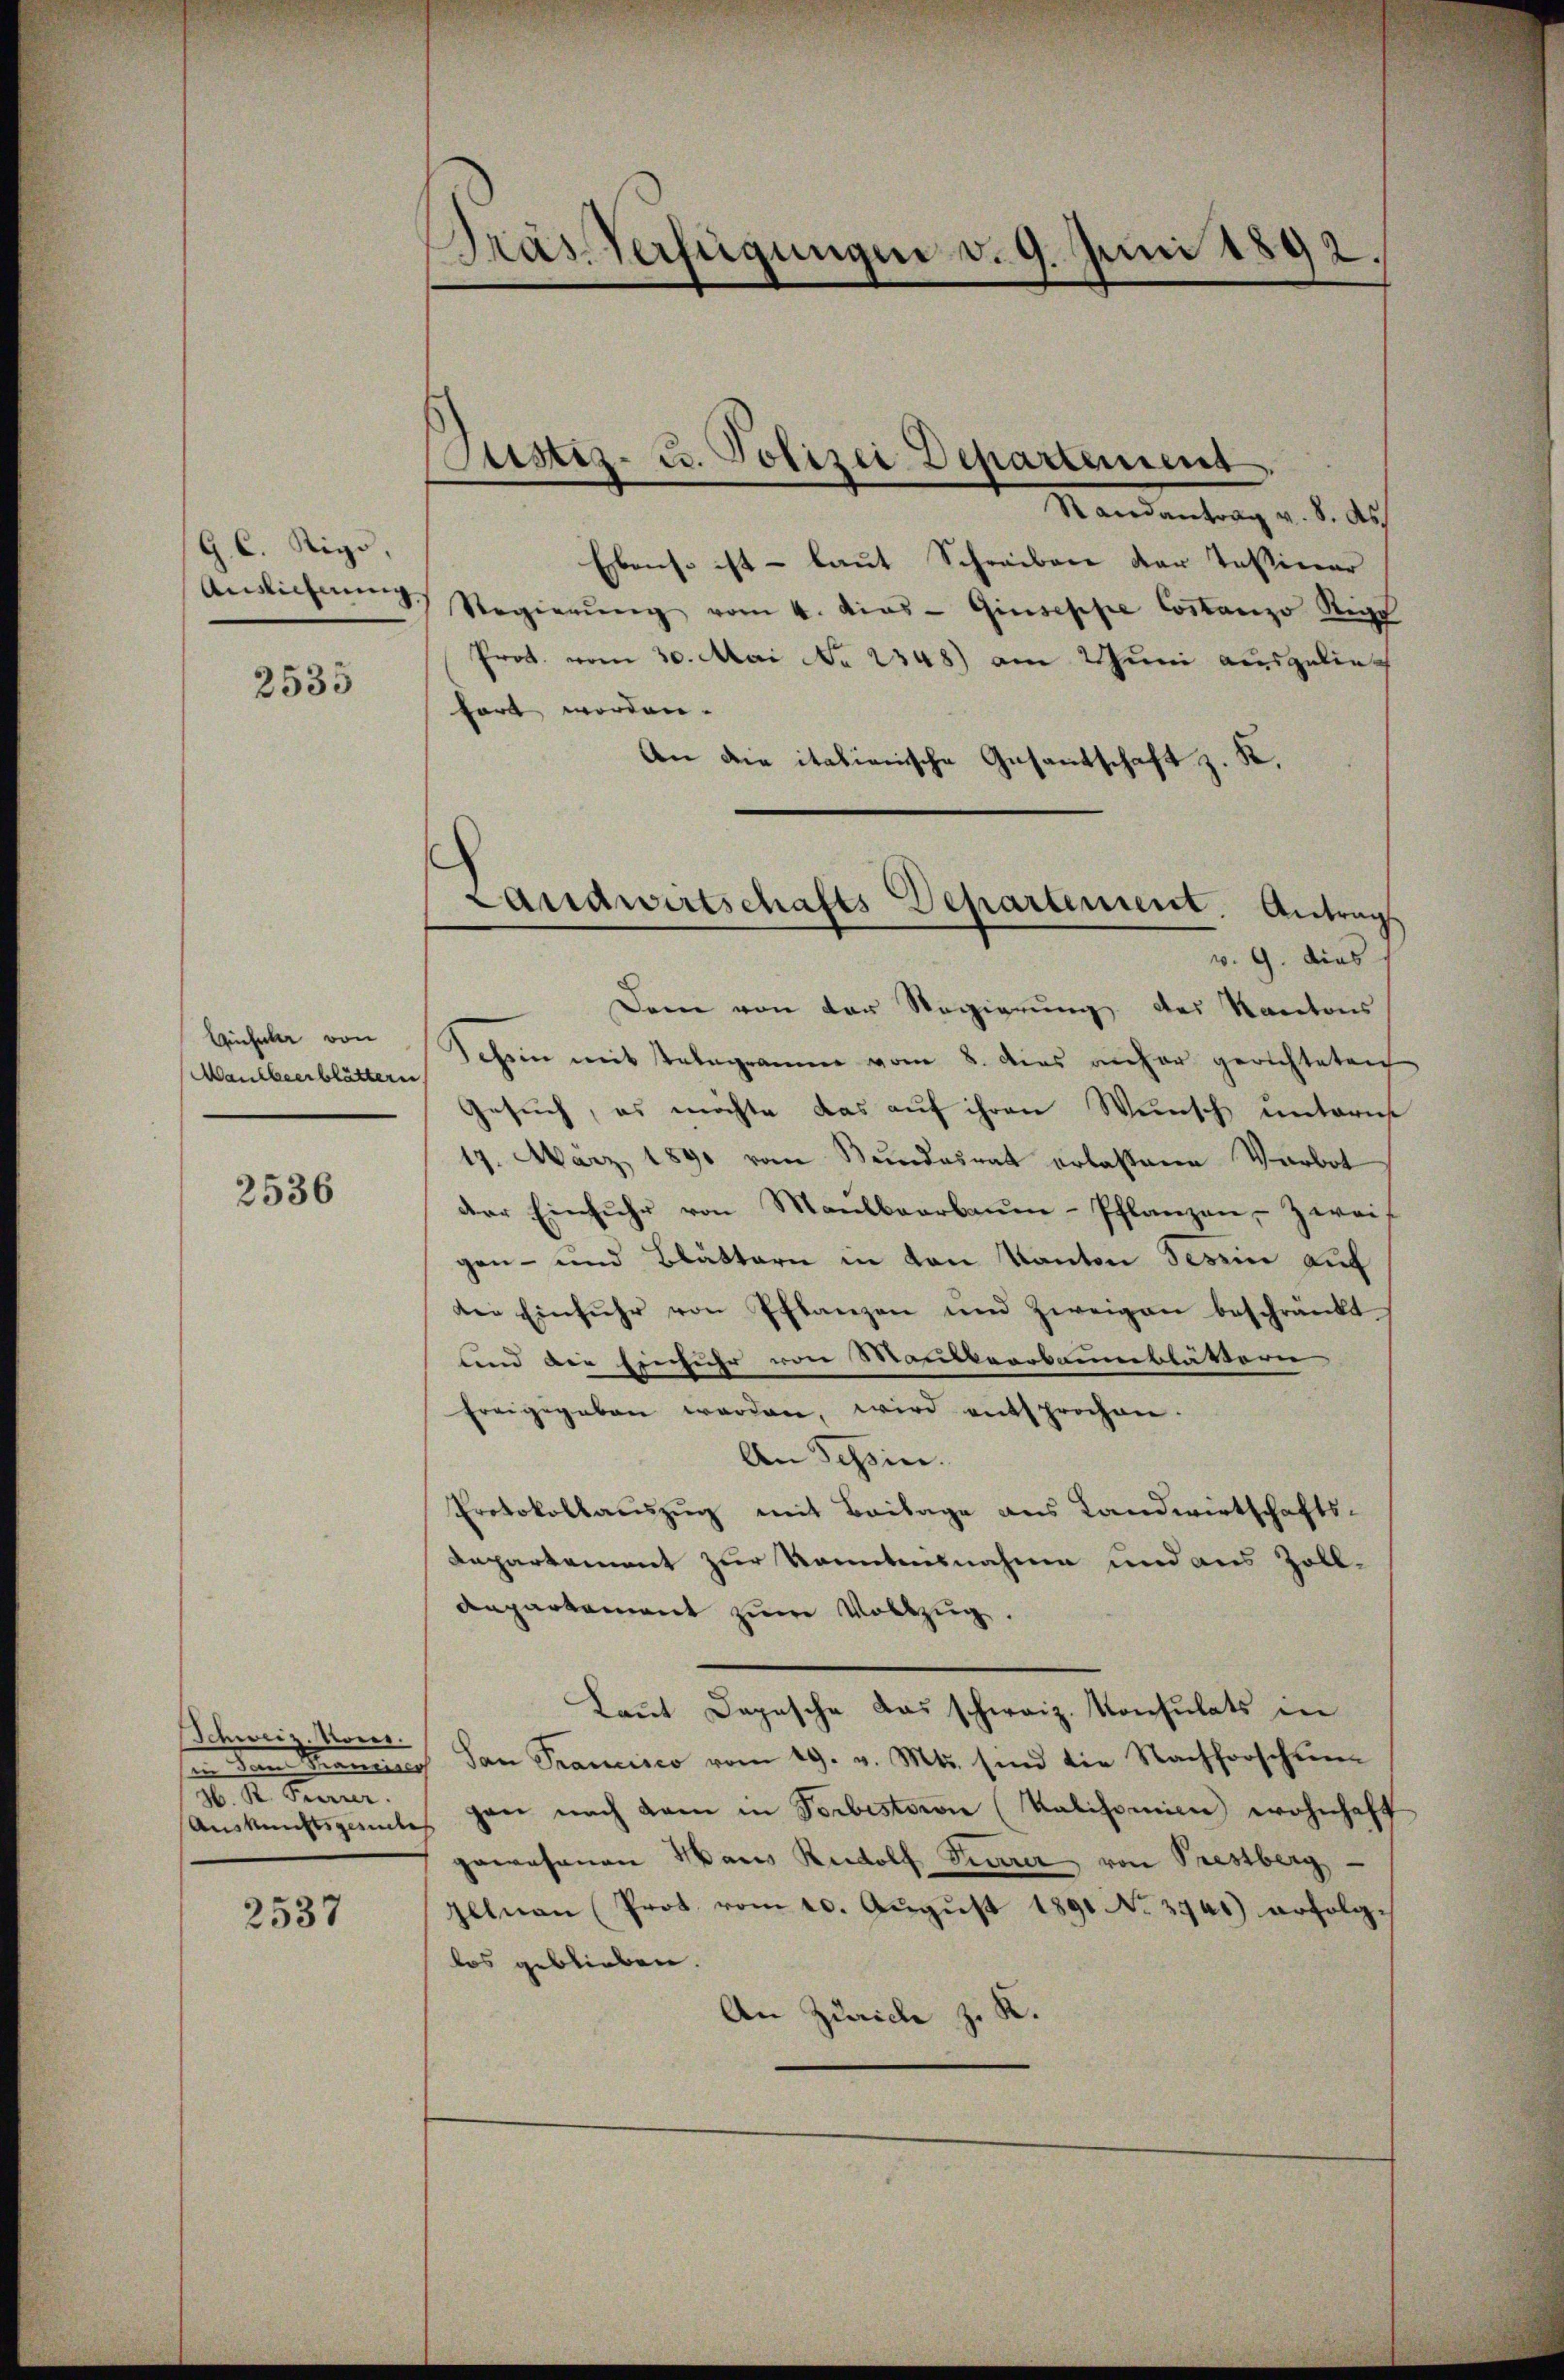
G. C. Sigo,

2535

Gifel von
Maulbeerblättern

2536

Schweiz. Moser.
H. R. Trenner

2537

Gras Verfügungen v. 9. Juni 1892.

Justiz- u. Polizei Departement.

Landwirtschafts Departement. Antrag

Mandentrag d. d. 12
Ebenso ist – laut Schreiben der Tessiner
Aŭsichen Regierŭng vom 4. Mias- Giuseppe Costanzo Rig
Prot. vom 30. Mai No 2348) am 1 Juni ausgelie
hört worden.
An die italienische Gesandschaft z. K.
v. 9. dies
Dem von der Regierung des Kantons
Schein mit Telegramm vom 8. dies anher gerichteten
Gesuch, es möchte das auf ihren Wunsch untern
17. März 1890 vom Bundesrat erlassene Verbot
der Einfuhr von Maulbeerbaŭm-Pflanzen, Zwei
gen- und Blättern in von Kanton Besein auf
der Einführ von Pflanzen und Zweigen beschränkt
und die Einfuhr von Maulbeerbaumblättern
freigegeben werden, wird entsprochen.
An Tessin.
Protokollauszug mit Beilage aus Landwirtschafts-
Departement zur Kenntnisnahme und aus Zoll¬
Anpartement zum Vollzug.
Laut Depesche das schweiz. Konsulats in
sii den Krancisco dan Prancisco vom 29. v. Mts. sind die Nachforscheinen
Aŭskŭnftsgante gan nach dem in Forbestorie (Kalisomien wohnhaft
gewesenen Haus Rudolf Tierer von Prestberg
Illnau (Prot. vom 10. August 1891 No 3941) erfolglos geblieben.
An Zürich z. K.